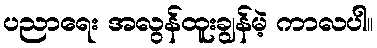
ပညာရေး အလွန်ထူးချွန်မဲ့ ကာလပါ။